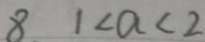
8 1 < a < 2